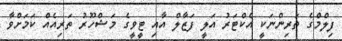
ފިލްމްގެ ތަރިންނަކީ އެކްޓަރު އަލީ ފަޒާލް އާއި ޓީވީގެ މަޝްހޫރު ތަރިއެއް ކަމަށްވާ